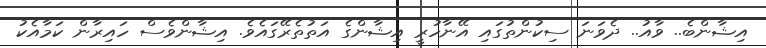
އިޝާންބެ.. ވާއު.. ދެވަނަ ސިކުންތުގައި އޭނާހުރީ އިޝާންގެ އަތުތެރޭގައެވެ. އިޝާންވެސް ހައިރާން ކަމާއެކު